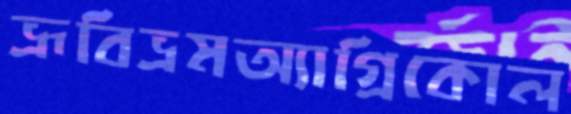
ভ্রূবিভ্রমঅ্যাগ্রিকোল